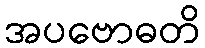
အပဗောဓတိ